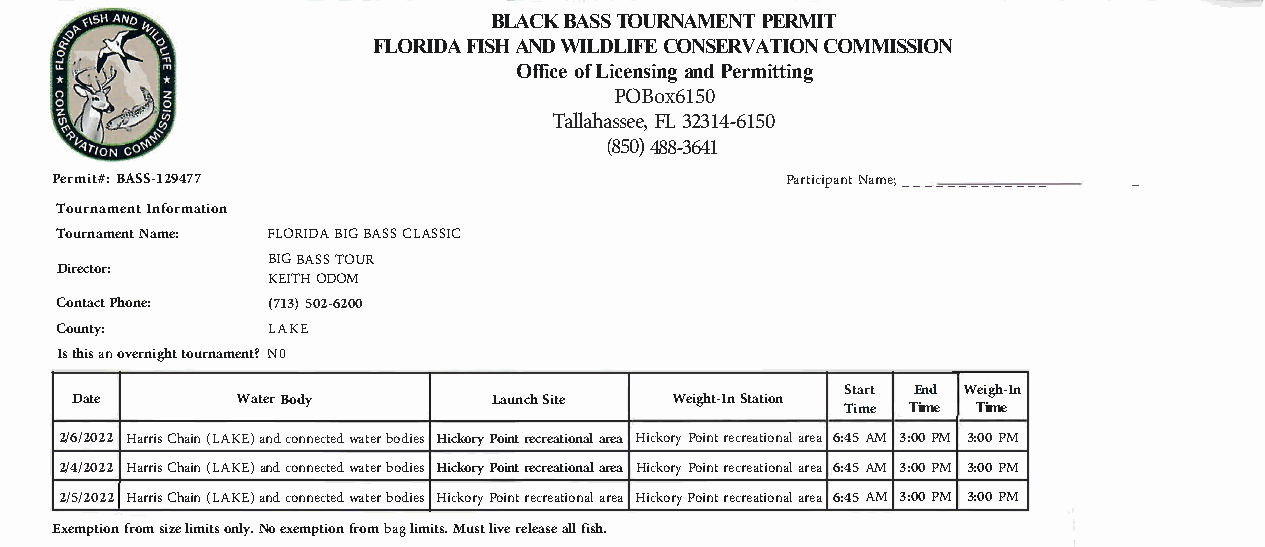
BLACK BASS TOURNAMENT PERMIT
 FLORIDA FISH AND WILDLIFE CONSERVATION COMMISSION
 Office of Licensing and Permitting
 POBox6150
 Tallahassee, FL 32314-6150
 (850) 488-3641
 Permit#: BASS-129477                             Participant Name; _____________ _
 Tournament Information
 Tournament Name: FLORIDA BIG BASS CLASSIC
 BIG BASS TOUR
 Director:
 KEITH ODOM
 Contact Phone: (713) 502-6200
 County:       LAKE
 Is this an overnight tournament? N 0
 Start End Weigh-In
 Date       Water Body      Launch Site Weight-In Station
 Time Time Time
 2/6/2022 Harris Chain (LAKE) and connected water bodies Hickory Point recreational area Hickory Point recreational area 6:45 AM 3:00 PM 3:00 PM
 2/4/2022 Harris Chain (LAKE) and connected water bodies Hickory Point recreational area Hickory Point recreational area 6:45 AM 3:00 PM 3:00 PM
 2/5/2022 Harris Chain (LAKE) and connected water bodies Hickory Point recreational area Hickory Point recreational area 6:45 AM 3:00 PM 3:00 PM
 Exemption from size limits only. No exemption from bag limits. Must live release all fish.
 - - - - - - - - - - - = r , u, ,.. .t. ,-. - - - - - -